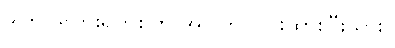
ဒါကို ဒိုလားရက်စ်က အပြတ် ငြင်းထားပြီးသား။